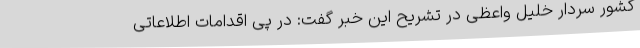
کشور سردار خلیل واعظی در تشریح این خبر گفت: در پی اقدامات اطلاعاتی